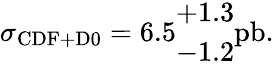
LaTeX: \sigma_{\mathrm{CDF+D0}}=6.5\begin{array}{c}{{+1.3}}\\ {{-1.2}}\end{array}\mathrm{pb}.